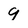
Character: 9